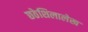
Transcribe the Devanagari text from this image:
छठेशिलालेख